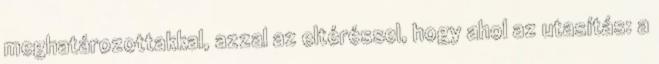
meghatározottakkal, azzal az eltéréssel, hogy ahol az utasítás: a